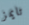
تايمز